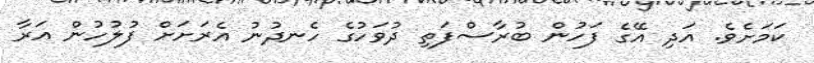
ކަމަށެވެ. އަދި އޭގެ ފަހުން ބުރާސްފަތި ދުވަހުގެ ހެނދުނު އެރަށަށް ފުލުހުން އަރާ